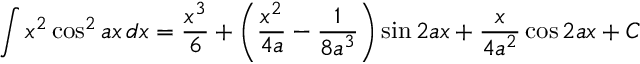
\int x ^ { 2 } \cos ^ { 2 } { a x } \, d x = { \frac { x ^ { 3 } } { 6 } } + \left( { \frac { x ^ { 2 } } { 4 a } } - { \frac { 1 } { 8 a ^ { 3 } } } \right) \sin 2 a x + { \frac { x } { 4 a ^ { 2 } } } \cos 2 a x + C